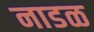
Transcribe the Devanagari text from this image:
नाडळ